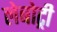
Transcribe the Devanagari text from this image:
लेबोट्री